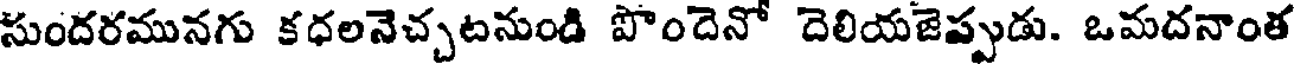
సుందరమునగు కధలనెచ్చటనుండి పొందెనో దెలియజెప్పుడు. ఒమదనాంత